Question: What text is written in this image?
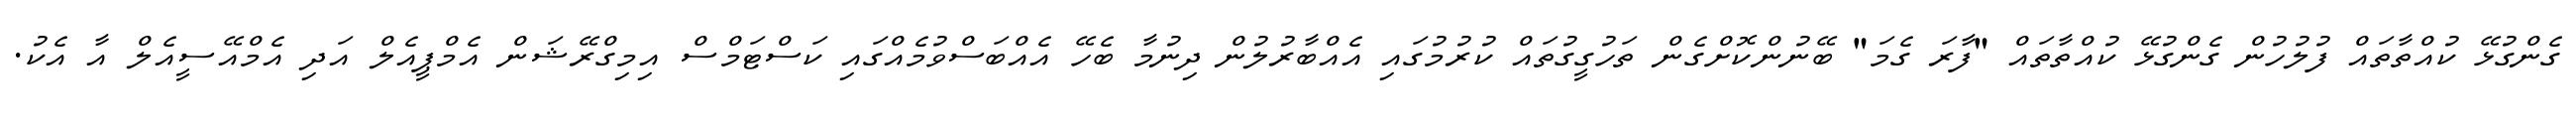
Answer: ގެންގުޅޭ ކުއްތާތައް ފުލުހުން ގެންގުޅޭ ކުއްތާތައް "ފާރަ ގެމަ" ބޭނުންކޮށްގެން ތަހުގީގުތައް ކުރުމުގައި އެއްބާރުލުން ދިނުމާ ބެހޭ އެއްބަސްވުމެއްގައި ކަސްޓަމްސް އިމިގްރޭޝަން އެމްޕީއެލް އަދި އެމްއޭސީއެލް އާ އެކު.